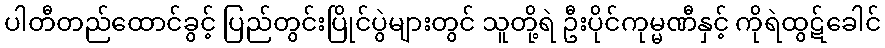
ပါတီတည်ထောင်ခွင့် ပြည်တွင်းပြိုင်ပွဲများတွင် သူတို့ရဲ ဦးပိုင်ကုမ္မဏီနှင့် ကိုရဲထွဋ်ခေါင်